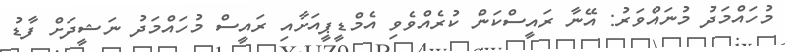
މުހައްމަދު މުނައްވަރު: އޭނާ ރައީސްކަން ކުރެއްވެވި އެމްޑީޕީއަށާއި ރައީސް މުހައްމަދު ނަޝީދަށް ފާޑު